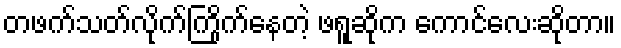
တဖက်သတ်လိုက်ကြိုက်နေတဲ့ ဖရူဆိုက ကောင်လေးဆိုတာ။